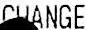
CHANGE